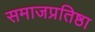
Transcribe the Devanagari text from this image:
समाजप्रतिष्ठा